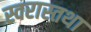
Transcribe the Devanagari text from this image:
स्वरास्तथा